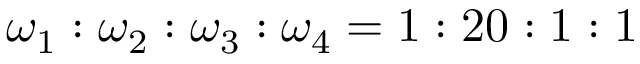
\omega _ { 1 } : \omega _ { 2 } : \omega _ { 3 } : \omega _ { 4 } = 1 : 2 0 : 1 : 1